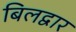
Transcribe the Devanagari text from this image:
बिलद्वार